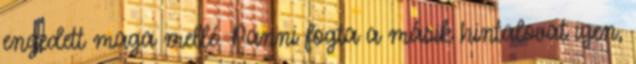
engedett maga mellé. Panni fogta a másik hintalovat igen,